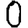
Digit: 0